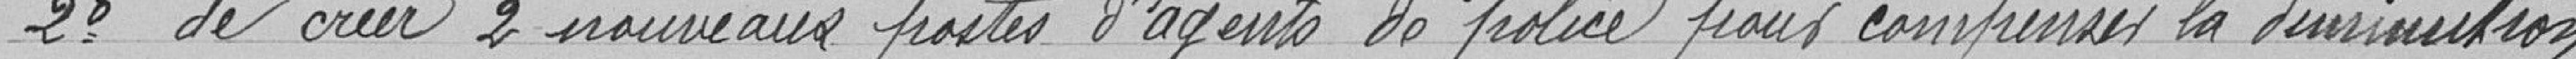
2° de créer 2 nouveaux postes d'agents de police pour compenser la diminution